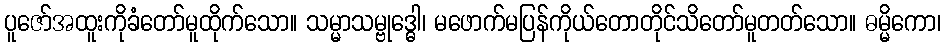
ပူဇော်အထူးကိုခံတော်မူထိုက်သော။ သမ္မာသမ္ဗုဒ္ဓေါ၊ မဖောက်မပြန်ကိုယ်တောတိုင်သိတော်မူတတ်သော။ ဓမ္မိကော၊